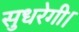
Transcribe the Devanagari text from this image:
सुधरेगी।